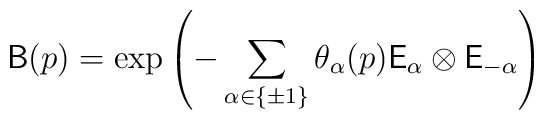
\mathsf{B}(p)=\exp \left( -\sum_{\alpha \in \{\pm1\} } \theta_{\alpha}(p)\mathsf{E}_{\alpha} \otimes \mathsf{E}_{-\alpha} \right)